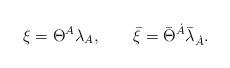
LaTeX: \begin{align*}\xi = \Theta^A{\lambda}_{A}, \qquad \bar{\xi}=\bar{\Theta}^{\dot{A}} \bar{\lambda}_{\dot{A}}.\end{align*}